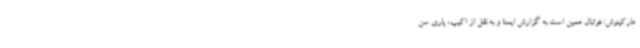
مارکینوش: فوتبال همین است به گزارش ایسنا و به نقل از اکیپ، پاری سن